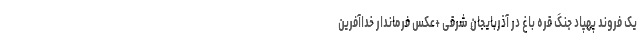
یک فروند پهپاد جنگ قره باغ در آذربایجان شرقی +عکس فرماندار خداآفرین